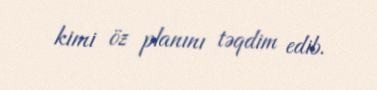
kimi öz planını təqdim edib.